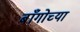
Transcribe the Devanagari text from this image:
बाँगोच्या